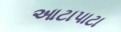
આટાપાટા